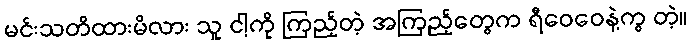
မင်းသတိထားမိလား သူ ငါ့ကို ကြည့်တဲ့ အကြည့်တွေက ရီဝေဝေနဲ့ကွ တဲ့။